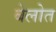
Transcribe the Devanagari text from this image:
बेलोत